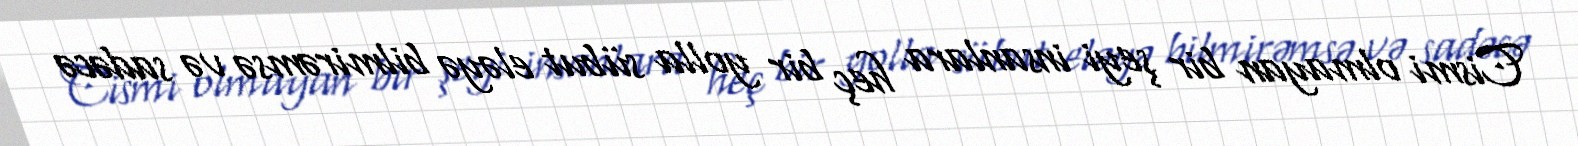
Cismi olmayan bir şeyi insanlara heç bir yolla sübut eləyə bilmirəmsə və sadəcə